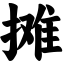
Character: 摊